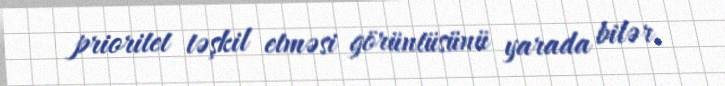
prioritet təşkil etməsi görüntüsünü yarada bilər.